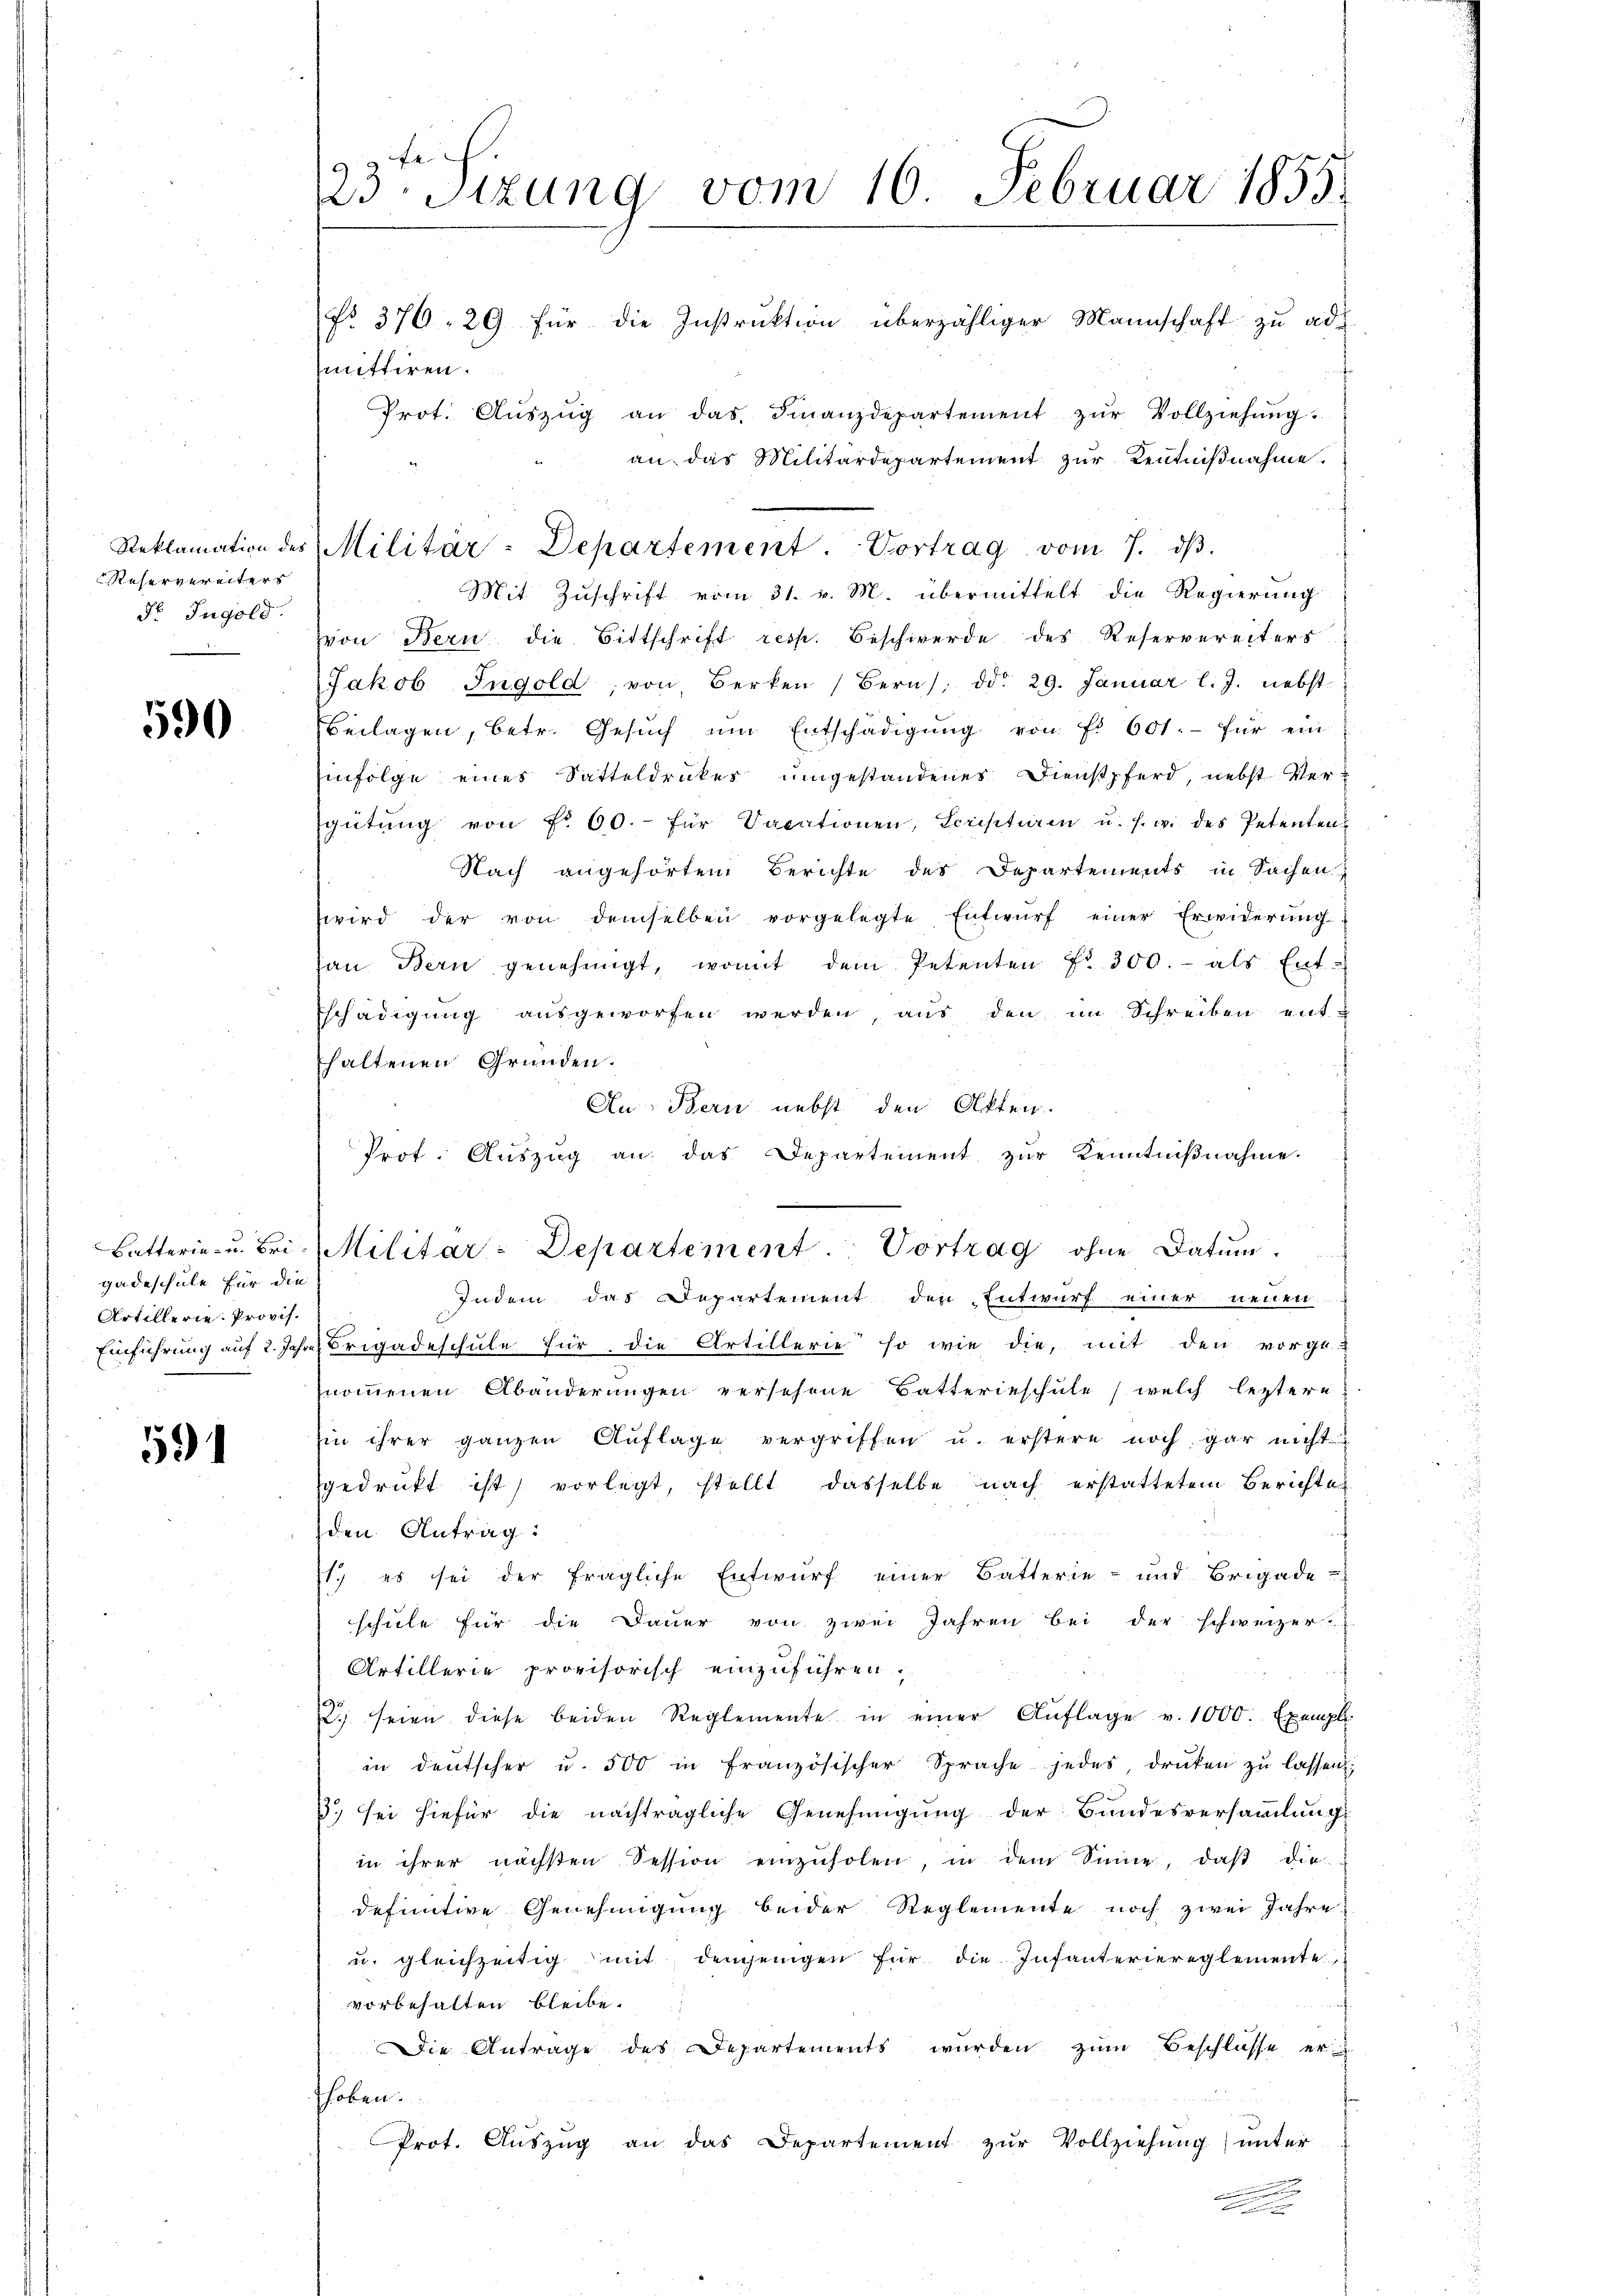
Reservereiters
Fr Jugold.

590

gadeschule für die
Artillerie. Provis.

9

123. Sitzung vom 16. Februar 1855.
No. 376. 29 für die Instrŭktion überzähliger Mannschaft zŭ ad
mittiren.
Prot. Aŭszŭg an das Finanzdepartement zŭr Vollziehung
an das Militärdepartement zur Kentnißnahme.

Mit Zuschrift vom 31. v. M. übermittelt die Regierung
von Bern die Bittschrift resp. Beschwerde des Reservereiters
Jakob Ingold, von Berken (Bern, d. 29. Januar l. J. nebst
Beilagen, betr. Gesŭch ŭm Entschädigŭng von fl. 601.- für ein
Einfolge eines Satteldruckes umgestandenes Dienstpferd, nebst Vergütŭng von Fr. 60.- für Vacationen, Scriptiren u. s. w. des Petenten
Nach angehörtem Berichte des Departements in Sachen
wird der von demselben vorgelegte Entwŭrf einer Erwiderŭng
san Bern genehmigt, womit dem Petenten fr. 300.- als Ent-
schädigŭng aŭsgeworfen werden, aŭs den im Schreiben ent-
haltenen Gründen.
Au: Bern nebst den Akten.
Prot. Auszug an das Departement zur Kenntnißnahme.
Indem das Departement den Entwurf einer neuen
Einführung aŭf 2. Jahre Brigadeschŭle für die Artillerie so wie die, mit den vorge-
nommenen Abänderungen versehene Batterieschule, welch leztere
Ein ihrer ganzen Auflage vergriffen u. erstere noch gar nicht
gedruckt ist, vorlegt, stellt dasselbe nach erstattetem Berichten
den Antrag:
1) es sei der fragliche Entwurf einer Batterie- und Brigade-
schule für die Dauer von zwei Jahren bei der schweizer-
Artillerie provisorisch einzuführen.
2. seien diese beiden Reglemente in einer Auflage v. 1000. Exempl
in deutscher u. 500 in französischer Sprache jedes, drüken zŭ lassen;
.) sei hiefür die nachträgliche Genehmigung der Bundesversammlung
in ihrer nächsten Session einzŭholen, in dem Sinne, daβ die-
definitive Genehmigung beider Reglemente noch zwei Jahre
u. gleichzeitig mit demjenigen für die Infanteriereglemente
vorbehalten bleibe.
Die Antrage des Departements wurden zum Beschlüsse er
hoben.
Prot. Aŭszŭg an das Departement zŭr Vollziehŭng ŭnter
n
e

Reklamation des Militär-Departement. Vortrag vom 7. dβ.

Batterie- u. Bri. Militar-Departement. Vortrag ohne Datŭm.